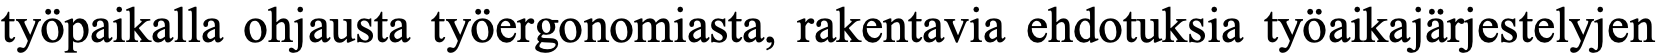
työpaikalla ohjausta työergonomiasta, rakentavia ehdotuksia työaikajärjestelyjen